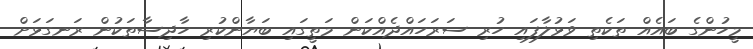
މީހުންގެ ބައެއް ތަކެތި ވަޅުލާފައި ހުރި ސަރަހައްދެއްކަން މަތީގައި ބަޔާންކުރި ހާދިސާތަކުން ރަނގަޅަށް